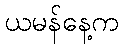
ယမန်နေ့က